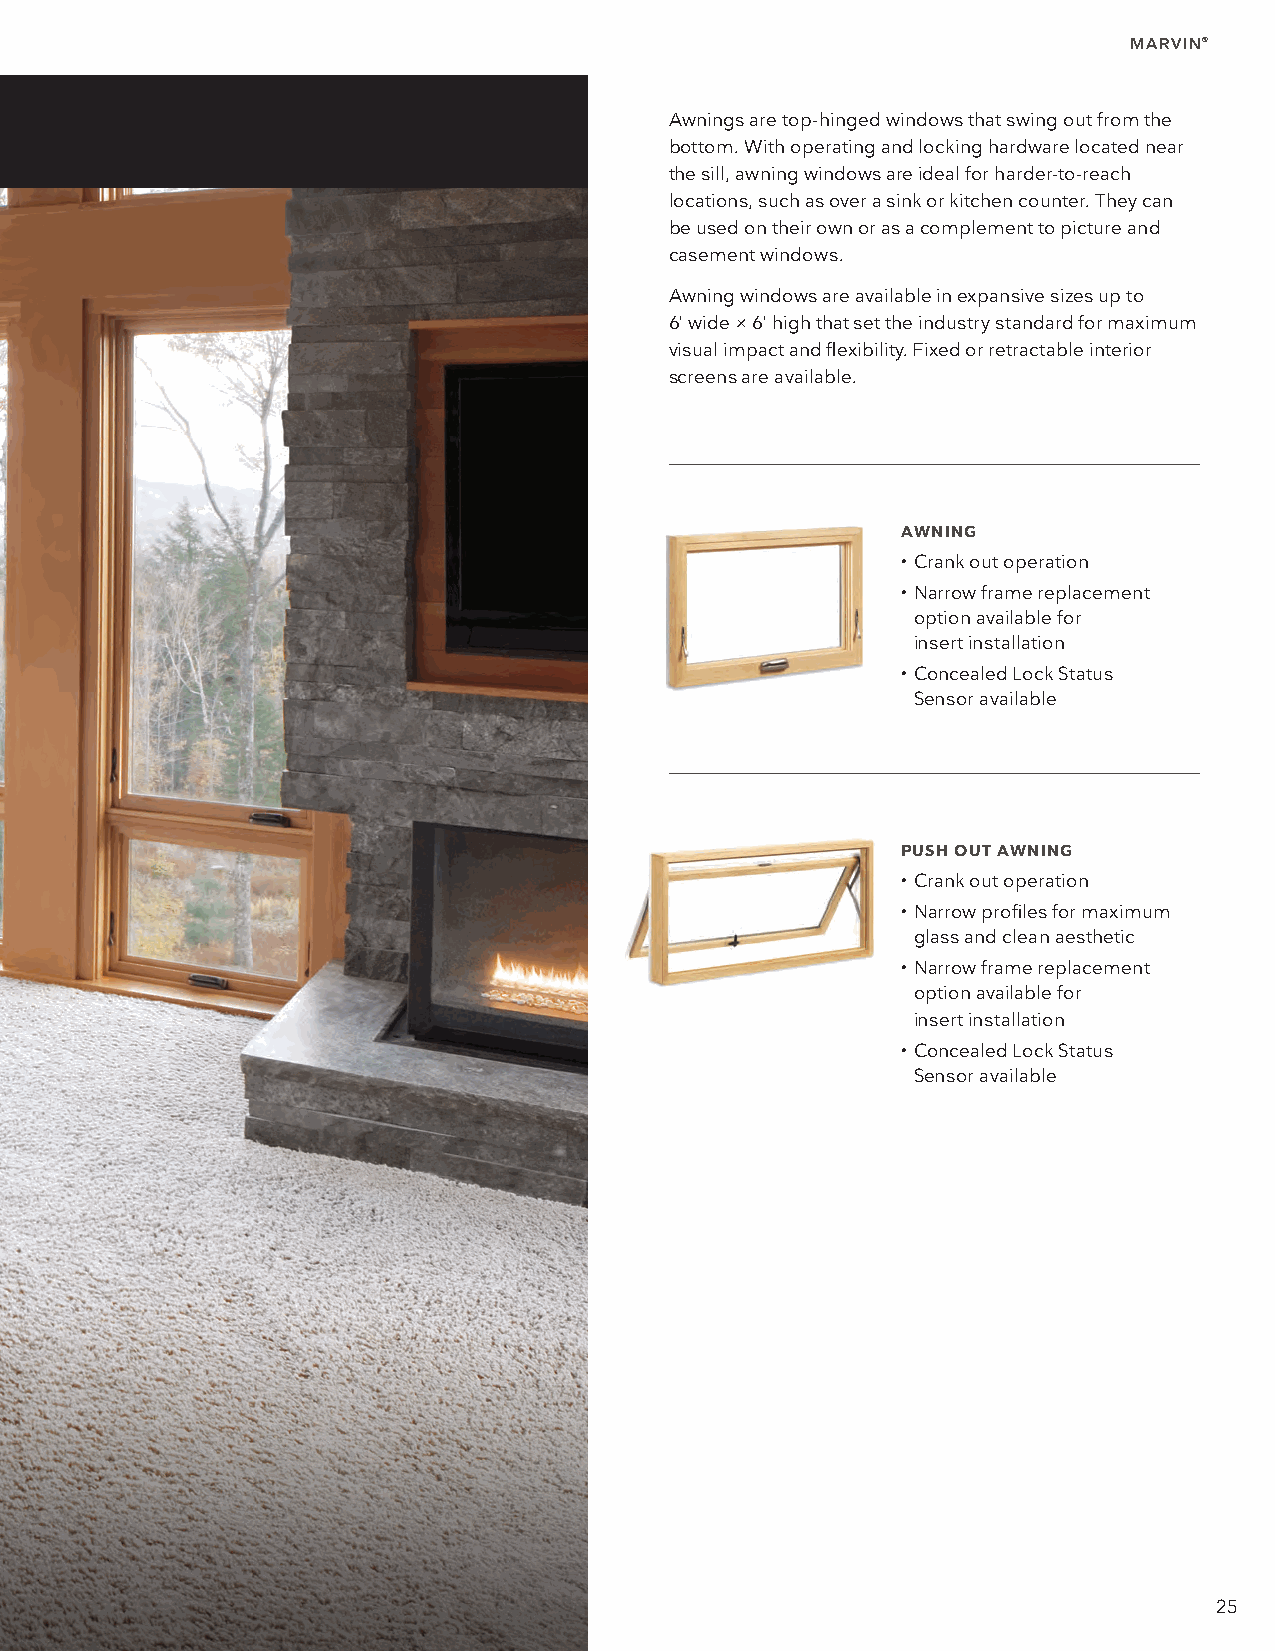
MARVIN®
 Awnings are top-hinged windows that swing out from the
 bottom. With operating and locking hardware located near
 the sill, awning windows are ideal for harder-to-reach
 locations, such as over a sink or kitchen counter. They can
 be used on their own or as a complement to picture and
 casement windows.
 Awning windows are available in expansive sizes up to
 6' wide × 6' high that set the industry standard for maximum
 visual impact and flexibility. Fixed or retractable interior
 screens are available.
 AWNING
 • Crank out operation
 • Narrow frame replacement
 option available for
 insert installation
 • Concealed Lock Status
 Sensor available
 PUSH OUT AWNING
 • Crank out operation
 • Narrow profiles for maximum
 glass and clean aesthetic
 • Narrow frame replacement
 option available for
 insert installation
 • Concealed Lock Status
 Sensor available
 25